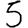
Digit: 5